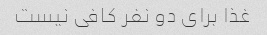
غذا برای دو نفر کافی نیست